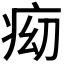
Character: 𱱑